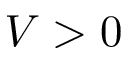
V > 0